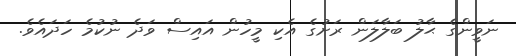
ނަވީންގެ ޙާލު ބަލާލަން ރަށުގެ އެކި މީހުން އައިސް ވަދެ ނުކުމެ ހަދައެވެ.